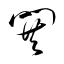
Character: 閧